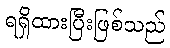
ရရှိထားပြီးဖြစ်သည်